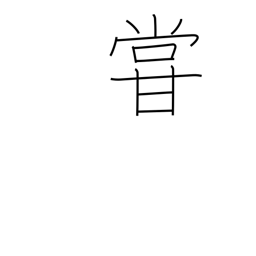
Meaning: underrate